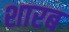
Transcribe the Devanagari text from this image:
शारब